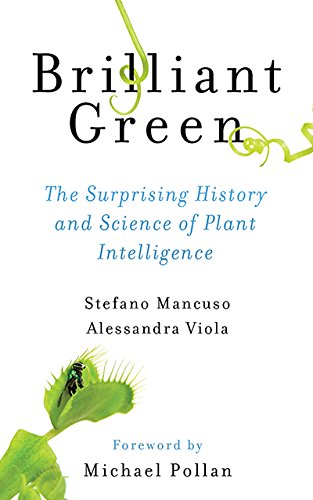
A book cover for Brilliant Green: The Surprising History and Science of Plant Intelligence; Stefano Mancuso; Science & Math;